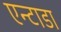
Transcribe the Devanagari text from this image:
एन्टाडा